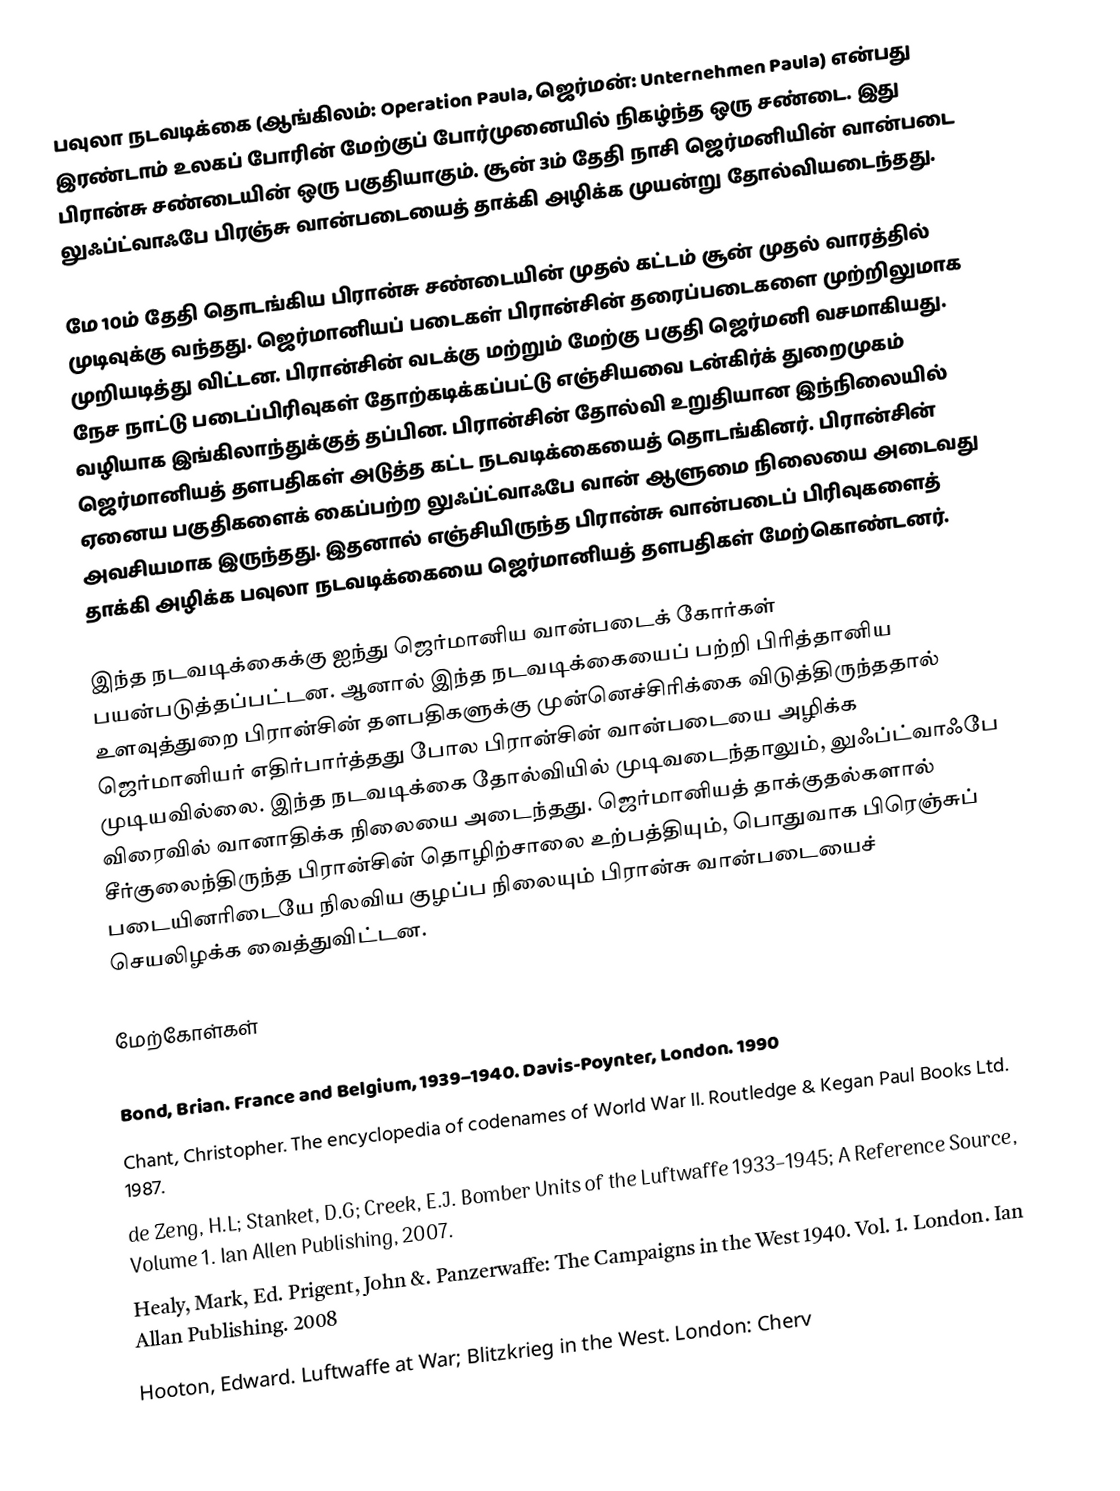
பவுலா நடவடிக்கை (ஆங்கிலம்: Operation Paula, ஜெர்மன்: Unternehmen Paula) என்பது இரண்டாம் உலகப் போரின் மேற்குப் போர்முனையில் நிகழ்ந்த ஒரு சண்டை. இது பிரான்சு சண்டையின் ஒரு பகுதியாகும். சூன் 3ம் தேதி நாசி ஜெர்மனியின் வான்படை லுஃப்ட்வாஃபே பிரஞ்சு வான்படையைத் தாக்கி அழிக்க முயன்று தோல்வியடைந்தது.

மே 10ம் தேதி தொடங்கிய பிரான்சு சண்டையின் முதல் கட்டம் சூன் முதல் வாரத்தில் முடிவுக்கு வந்தது. ஜெர்மானியப் படைகள் பிரான்சின் தரைப்படைகளை முற்றிலுமாக முறியடித்து விட்டன. பிரான்சின் வடக்கு மற்றும் மேற்கு பகுதி ஜெர்மனி வசமாகியது. நேச நாட்டு படைப்பிரிவுகள் தோற்கடிக்கப்பட்டு எஞ்சியவை டன்கிர்க் துறைமுகம் வழியாக இங்கிலாந்துக்குத் தப்பின. பிரான்சின் தோல்வி உறுதியான இந்நிலையில் ஜெர்மானியத் தளபதிகள் அடுத்த கட்ட நடவடிக்கையைத் தொடங்கினர். பிரான்சின் ஏனைய பகுதிகளைக் கைப்பற்ற லுஃப்ட்வாஃபே வான் ஆளுமை நிலையை அடைவது அவசியமாக இருந்தது. இதனால் எஞ்சியிருந்த பிரான்சு வான்படைப் பிரிவுகளைத் தாக்கி அழிக்க பவுலா நடவடிக்கையை ஜெர்மானியத் தளபதிகள் மேற்கொண்டனர்.

இந்த நடவடிக்கைக்கு ஐந்து ஜெர்மானிய வான்படைக் கோர்கள் பயன்படுத்தப்பட்டன. ஆனால் இந்த நடவடிக்கையைப் பற்றி பிரித்தானிய உளவுத்துறை பிரான்சின் தளபதிகளுக்கு முன்னெச்சிரிக்கை விடுத்திருந்ததால் ஜெர்மானியர் எதிர்பார்த்தது போல பிரான்சின் வான்படையை அழிக்க முடியவில்லை. இந்த நடவடிக்கை தோல்வியில் முடிவடைந்தாலும், லுஃப்ட்வாஃபே விரைவில் வானாதிக்க நிலையை அடைந்தது. ஜெர்மானியத் தாக்குதல்களால் சீர்குலைந்திருந்த பிரான்சின் தொழிற்சாலை உற்பத்தியும், பொதுவாக பிரெஞ்சுப் படையினரிடையே நிலவிய குழப்ப நிலையும் பிரான்சு வான்படையைச் செயலிழக்க வைத்துவிட்டன.

மேற்கோள்கள்

 Bond, Brian. France and Belgium, 1939–1940. Davis-Poynter, London. 1990
 Chant, Christopher. The encyclopedia of codenames of World War II. Routledge & Kegan Paul Books Ltd. 1987.
 de Zeng, H.L; Stanket, D.G; Creek, E.J. Bomber Units of the Luftwaffe 1933–1945; A Reference Source, Volume 1. Ian Allen Publishing, 2007.
 Healy, Mark, Ed. Prigent, John &. Panzerwaffe: The Campaigns in the West 1940. Vol. 1. London. Ian Allan Publishing. 2008
 Hooton, Edward. Luftwaffe at War; Blitzkrieg in the West. London: Cherv